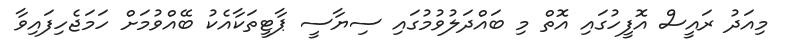
މިއަދު ރައީސް އޮފީހުގައި އޮތް މި ބައްދަލުވުމުގައި ސިޔާސީ ޕާޓީތަކާއެކު ބޭއްވުމަށް ހަމަޖެހިފައިވާ